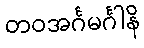
တဝအင်္ဂမင်္ဂါနိ